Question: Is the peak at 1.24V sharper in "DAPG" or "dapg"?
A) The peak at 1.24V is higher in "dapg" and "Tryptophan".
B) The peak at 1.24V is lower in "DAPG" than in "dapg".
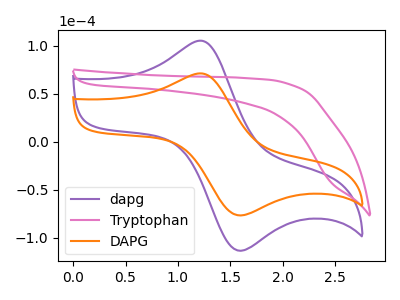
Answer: <think>The purple curve "dapg" has an anodic peak at (1.25V, 104.95uA) and a cathodic peak at (1.60V, -113.60uA). The pink curve "Tryptophan" has no peaks. The orange curve "DAPG" has an anodic peak at (1.25V, 70.95uA) and a cathodic peak at (1.60V, -76.80uA).</think>
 <answer>B) The peak at 1.24V is lower in "DAPG" than in "dapg".</answer>
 <eval>B</eval>